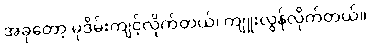
အခုတော့ မုဒိမ်းကျင့်လိုက်တယ်၊ ကျူးလွန်လိုက်တယ်။